65_HS1-834228961_62-HQ-83894_Section_2
Agency: FBI
Page 133
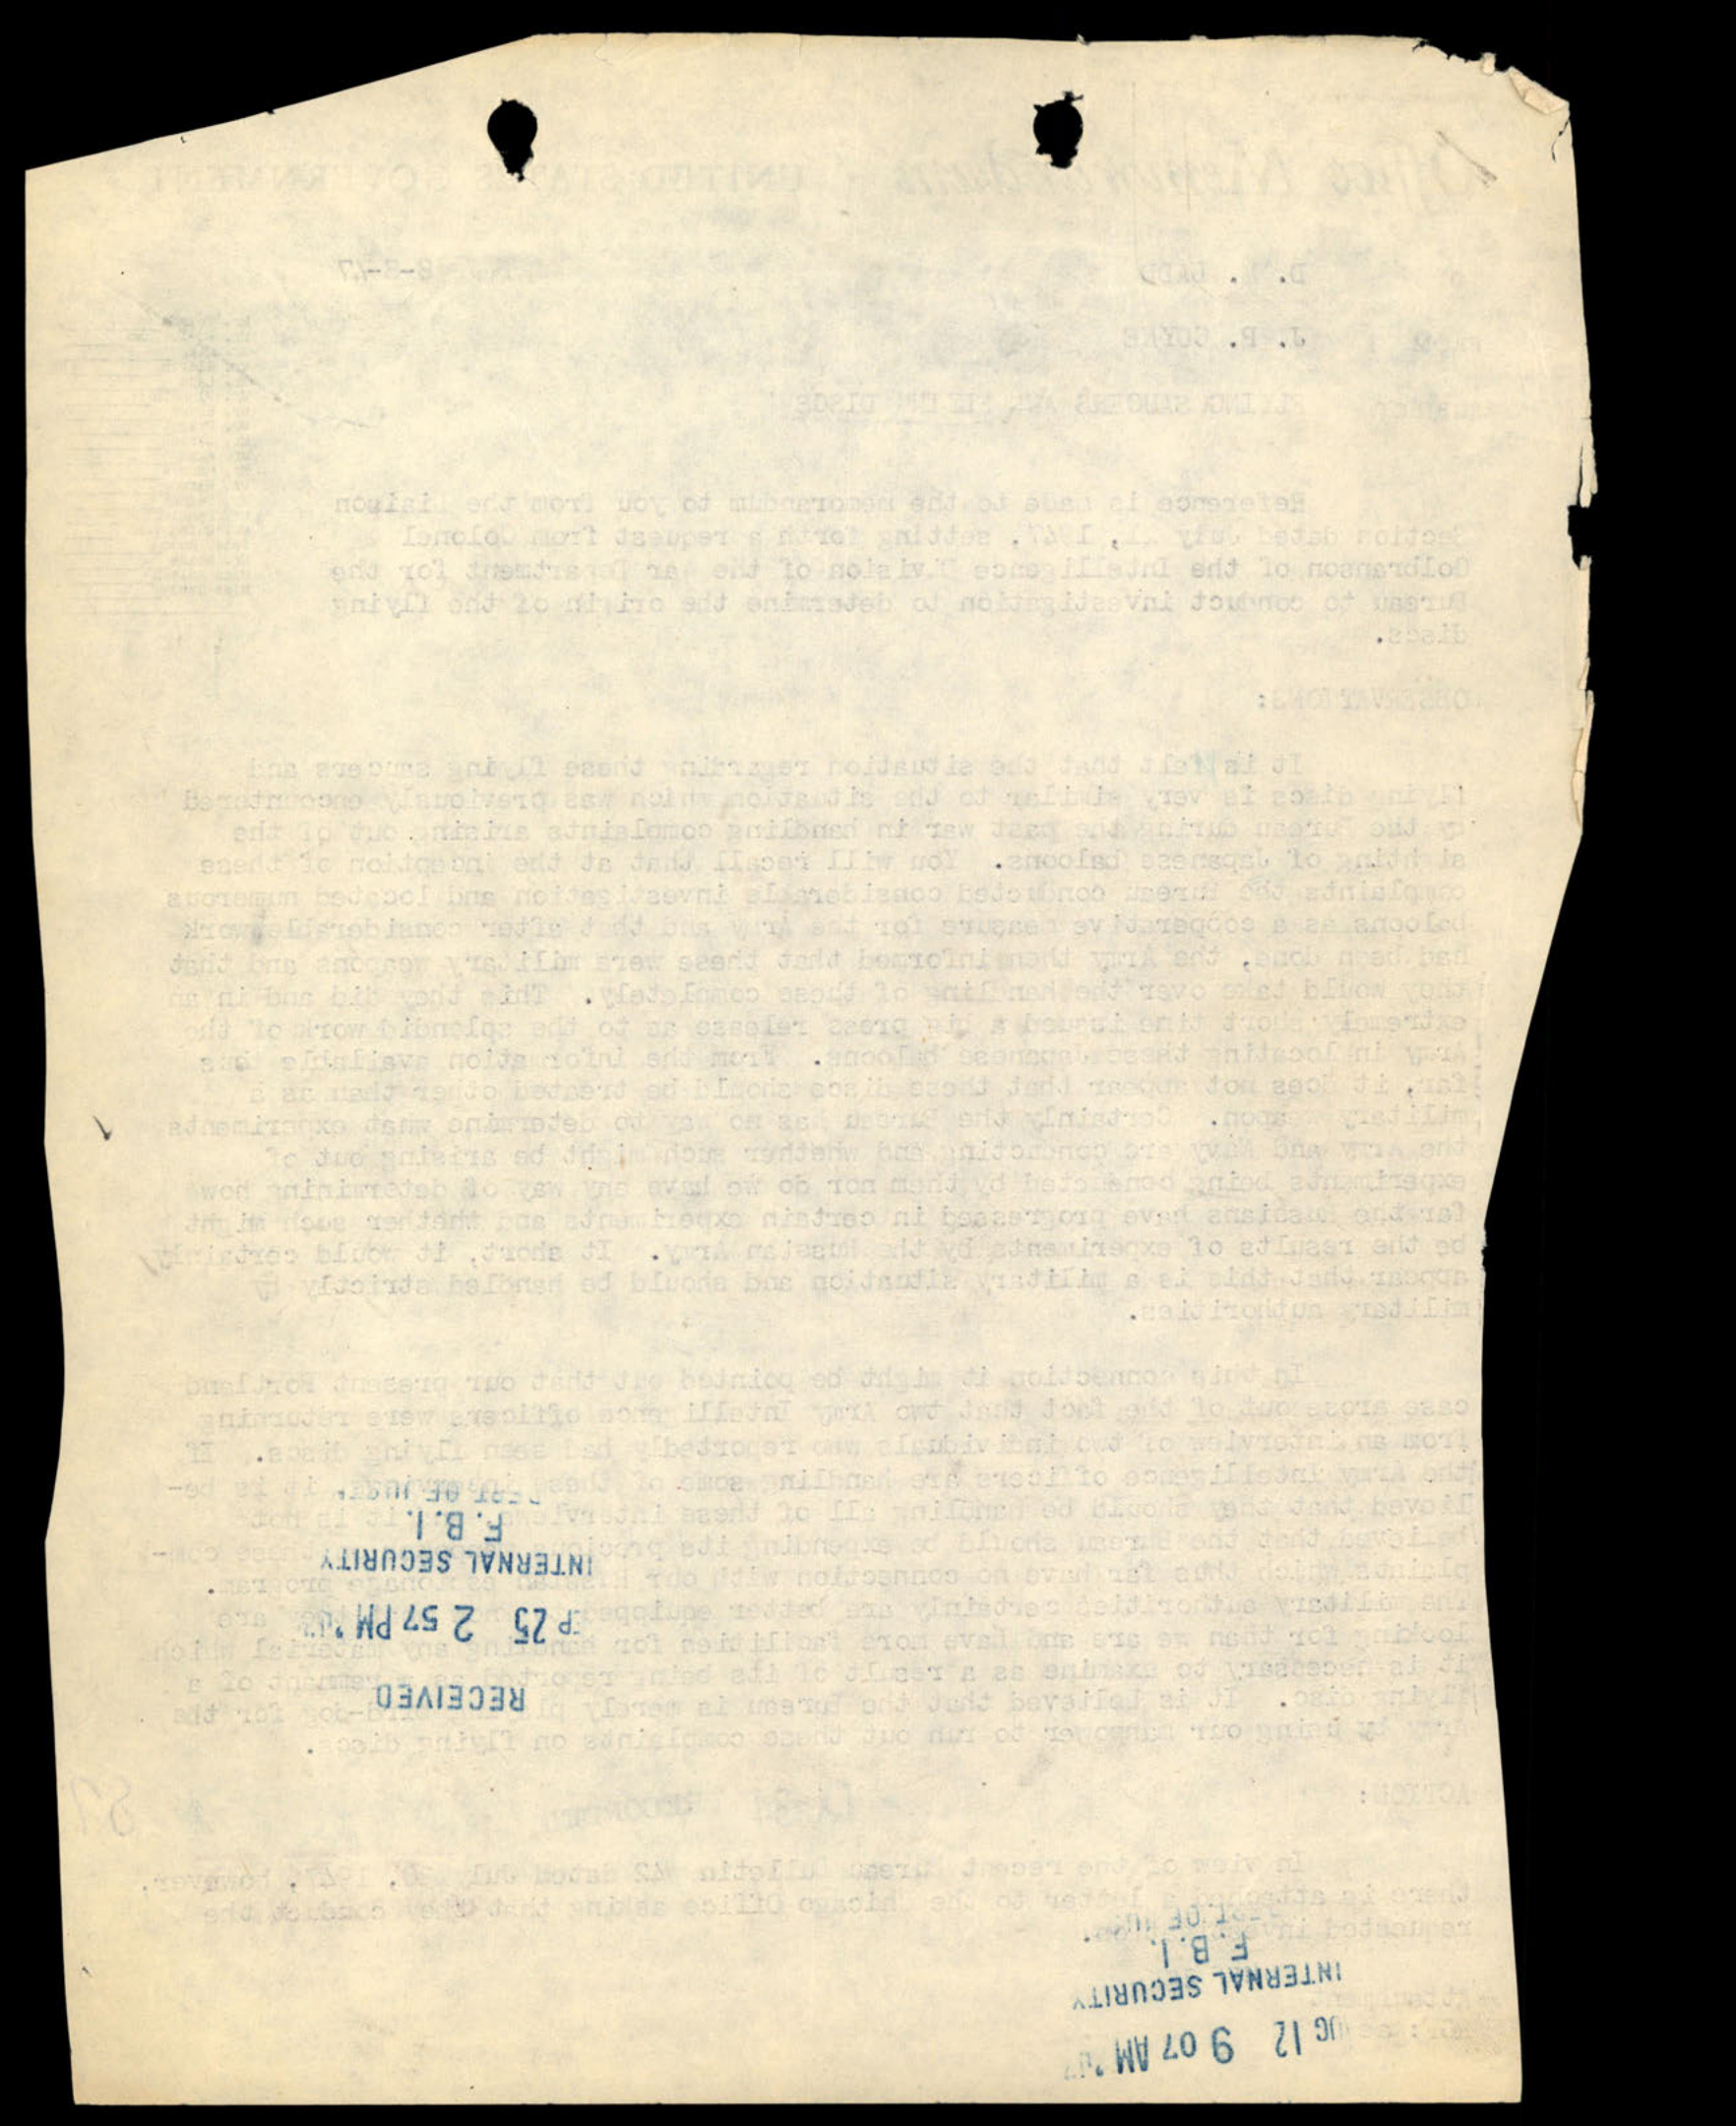